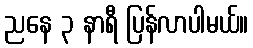
ညနေ ၃ နာရီ ပြန်လာပါမယ်။